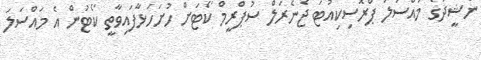
ނަޝީދުގެ މައްސަލަ ޕްރޮސިކިއުޓަ ޖެނެރަލް ސުޕްރީމް ކޯޓަށް ހުށަހަޅާފައިވާތީ ކޯޓުން އެ މައްސަލަ